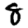
Digit: 8